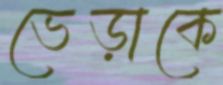
ভেড়াকে